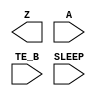
module sky130_fd_sc_lp__busdrivernovlpsleep (
    Z    ,
    A    ,
    TE_B ,
    SLEEP
);

    output Z    ;
    input  A    ;
    input  TE_B ;
    input  SLEEP;

    // Voltage supply signals
    supply1 VPWR ;
    supply0 VGND ;
    supply1 KAPWR;
    supply1 VPB  ;
    supply0 VNB  ;

endmodule